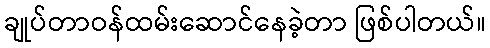
ချုပ်တာဝန်ထမ်းဆောင်နေခဲ့တာ ဖြစ်ပါတယ်။